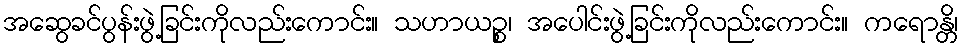
အဆွေခင်ပွန်းဖွဲ့ခြင်းကိုလည်းကောင်း။ သဟာယဉ္စ၊ အပေါင်းဖွဲ့ခြင်းကိုလည်းကောင်း။ ကရောန္တိ၊